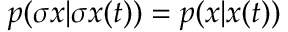
\begin{array} { r } { p ( \sigma x | \sigma x ( t ) ) = p ( x | x ( t ) ) } \end{array}